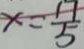
x = \frac { 1 7 } { 5 }